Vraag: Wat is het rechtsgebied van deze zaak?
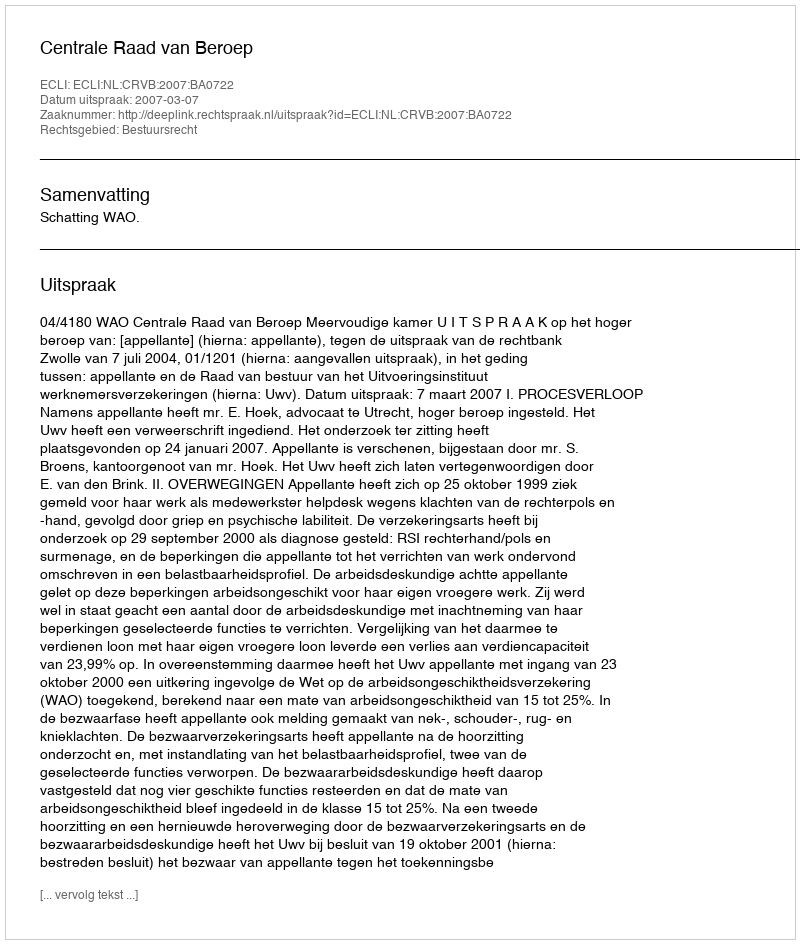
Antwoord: Bestuursrecht